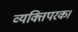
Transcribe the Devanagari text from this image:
व्यक्तिपरक।